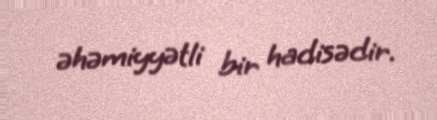
əhəmiyyətli bir hadisədir.